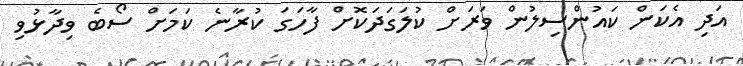
އަދި އެކަން ކައުންސިލުން ވަރަށް ކުލަގަދަކޮށް ފާހަގަ ކުރާނެ ކަމަށް ސޯބެ ވިދާޅުވި